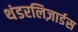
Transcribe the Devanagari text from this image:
थंडरलिज़ार्डस